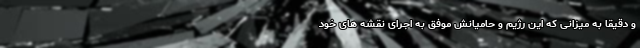
و دقیقا به میزانی که این رژیم و حامیانش موفق به اجرای نقشه های خود